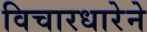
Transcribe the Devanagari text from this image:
विचारधारेने